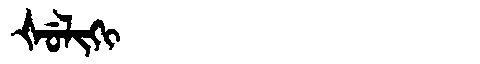
Manchu: ᡧᡠᠯᡳᡴᡳ
Romanization: ŠULIKI